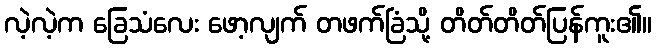
လဲ့လဲ့က ခြေသံလေး ဖော့လျက် တဖက်ခြံသို့ တိတ်တိတ်ပြန်ကူး၏။